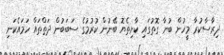
ދިރާސާކުރާ މީހުން ބުނާ ގޮތުގައި ކާށިތެޔޮ ބޭނުން ކުރުމުގެ ސަބަބުން ދަތްތައް ހަމައެކަނި